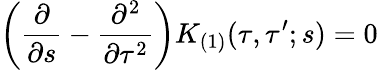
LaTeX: \left(\frac{\partial}{\partial s}-\frac{\partial^{2}}{\partial\tau^{2}}\right)K_{(1)}(\tau,\tau^{\prime};s)=0